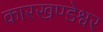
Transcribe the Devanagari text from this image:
कारखण्डेश्वर